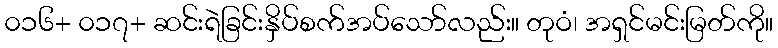
၀၁၆+ ၀၁၇+ ဆင်းရဲခြင်းနှိပ်စက်အပ်သော်လည်း။ တုဝံ၊ အရှင်မင်းမြတ်ကို။